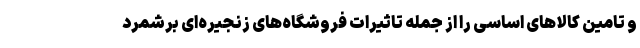
و تامین کالاهای اساسی را از جمله تاثیرات فروشگاه‌های زنجیره‌ای برشمرد